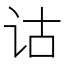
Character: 诂